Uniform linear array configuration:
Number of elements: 4
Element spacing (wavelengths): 0.5
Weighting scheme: exponential
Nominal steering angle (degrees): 60
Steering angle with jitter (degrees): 61.04
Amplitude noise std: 0.05
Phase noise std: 0.05

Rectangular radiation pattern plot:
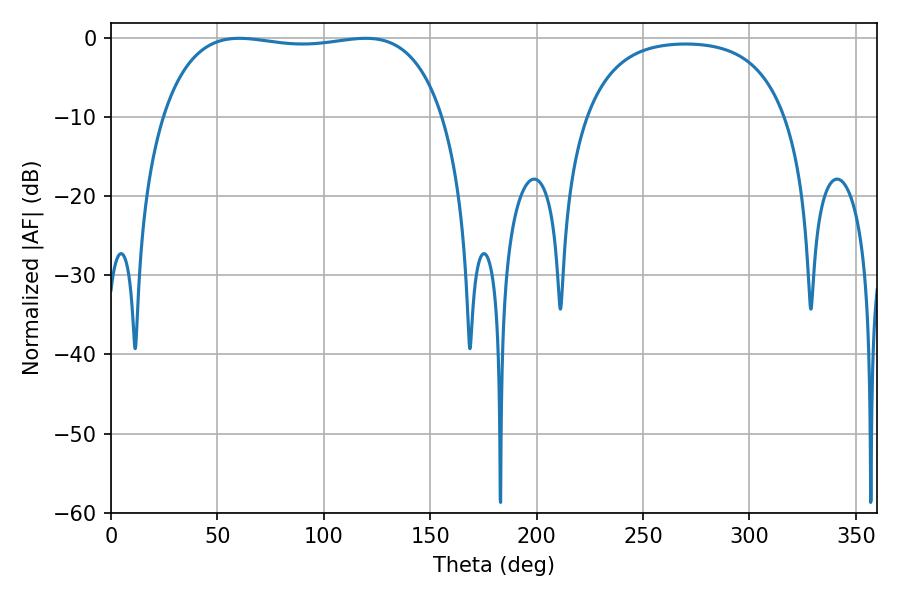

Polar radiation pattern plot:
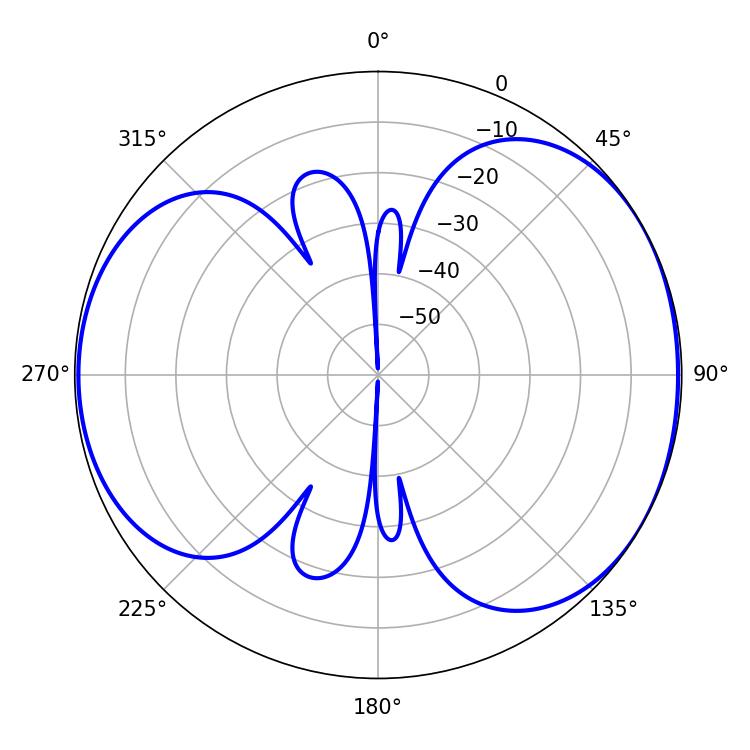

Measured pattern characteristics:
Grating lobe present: FALSE
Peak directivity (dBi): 5.154
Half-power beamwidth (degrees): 105.48
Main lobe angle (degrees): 60.3